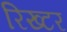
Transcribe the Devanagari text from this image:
रिख्टर